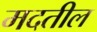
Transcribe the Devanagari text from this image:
मदतील